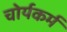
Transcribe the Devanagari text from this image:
चोर्यकर्म